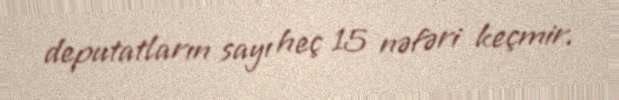
deputatların sayı heç 15 nəfəri keçmir.